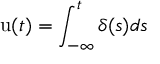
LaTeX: \mathrm { u } ( t ) = \int _ { - \infty } ^ { t } \delta ( s ) d s